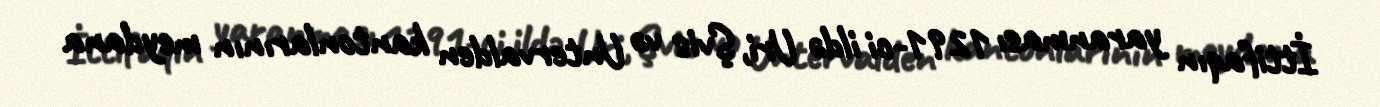
İttifaqın yaranması 1291-ci ildə Uri, Şvis və Untervalden kantonlarının meydana